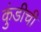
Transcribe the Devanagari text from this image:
कुंडीची